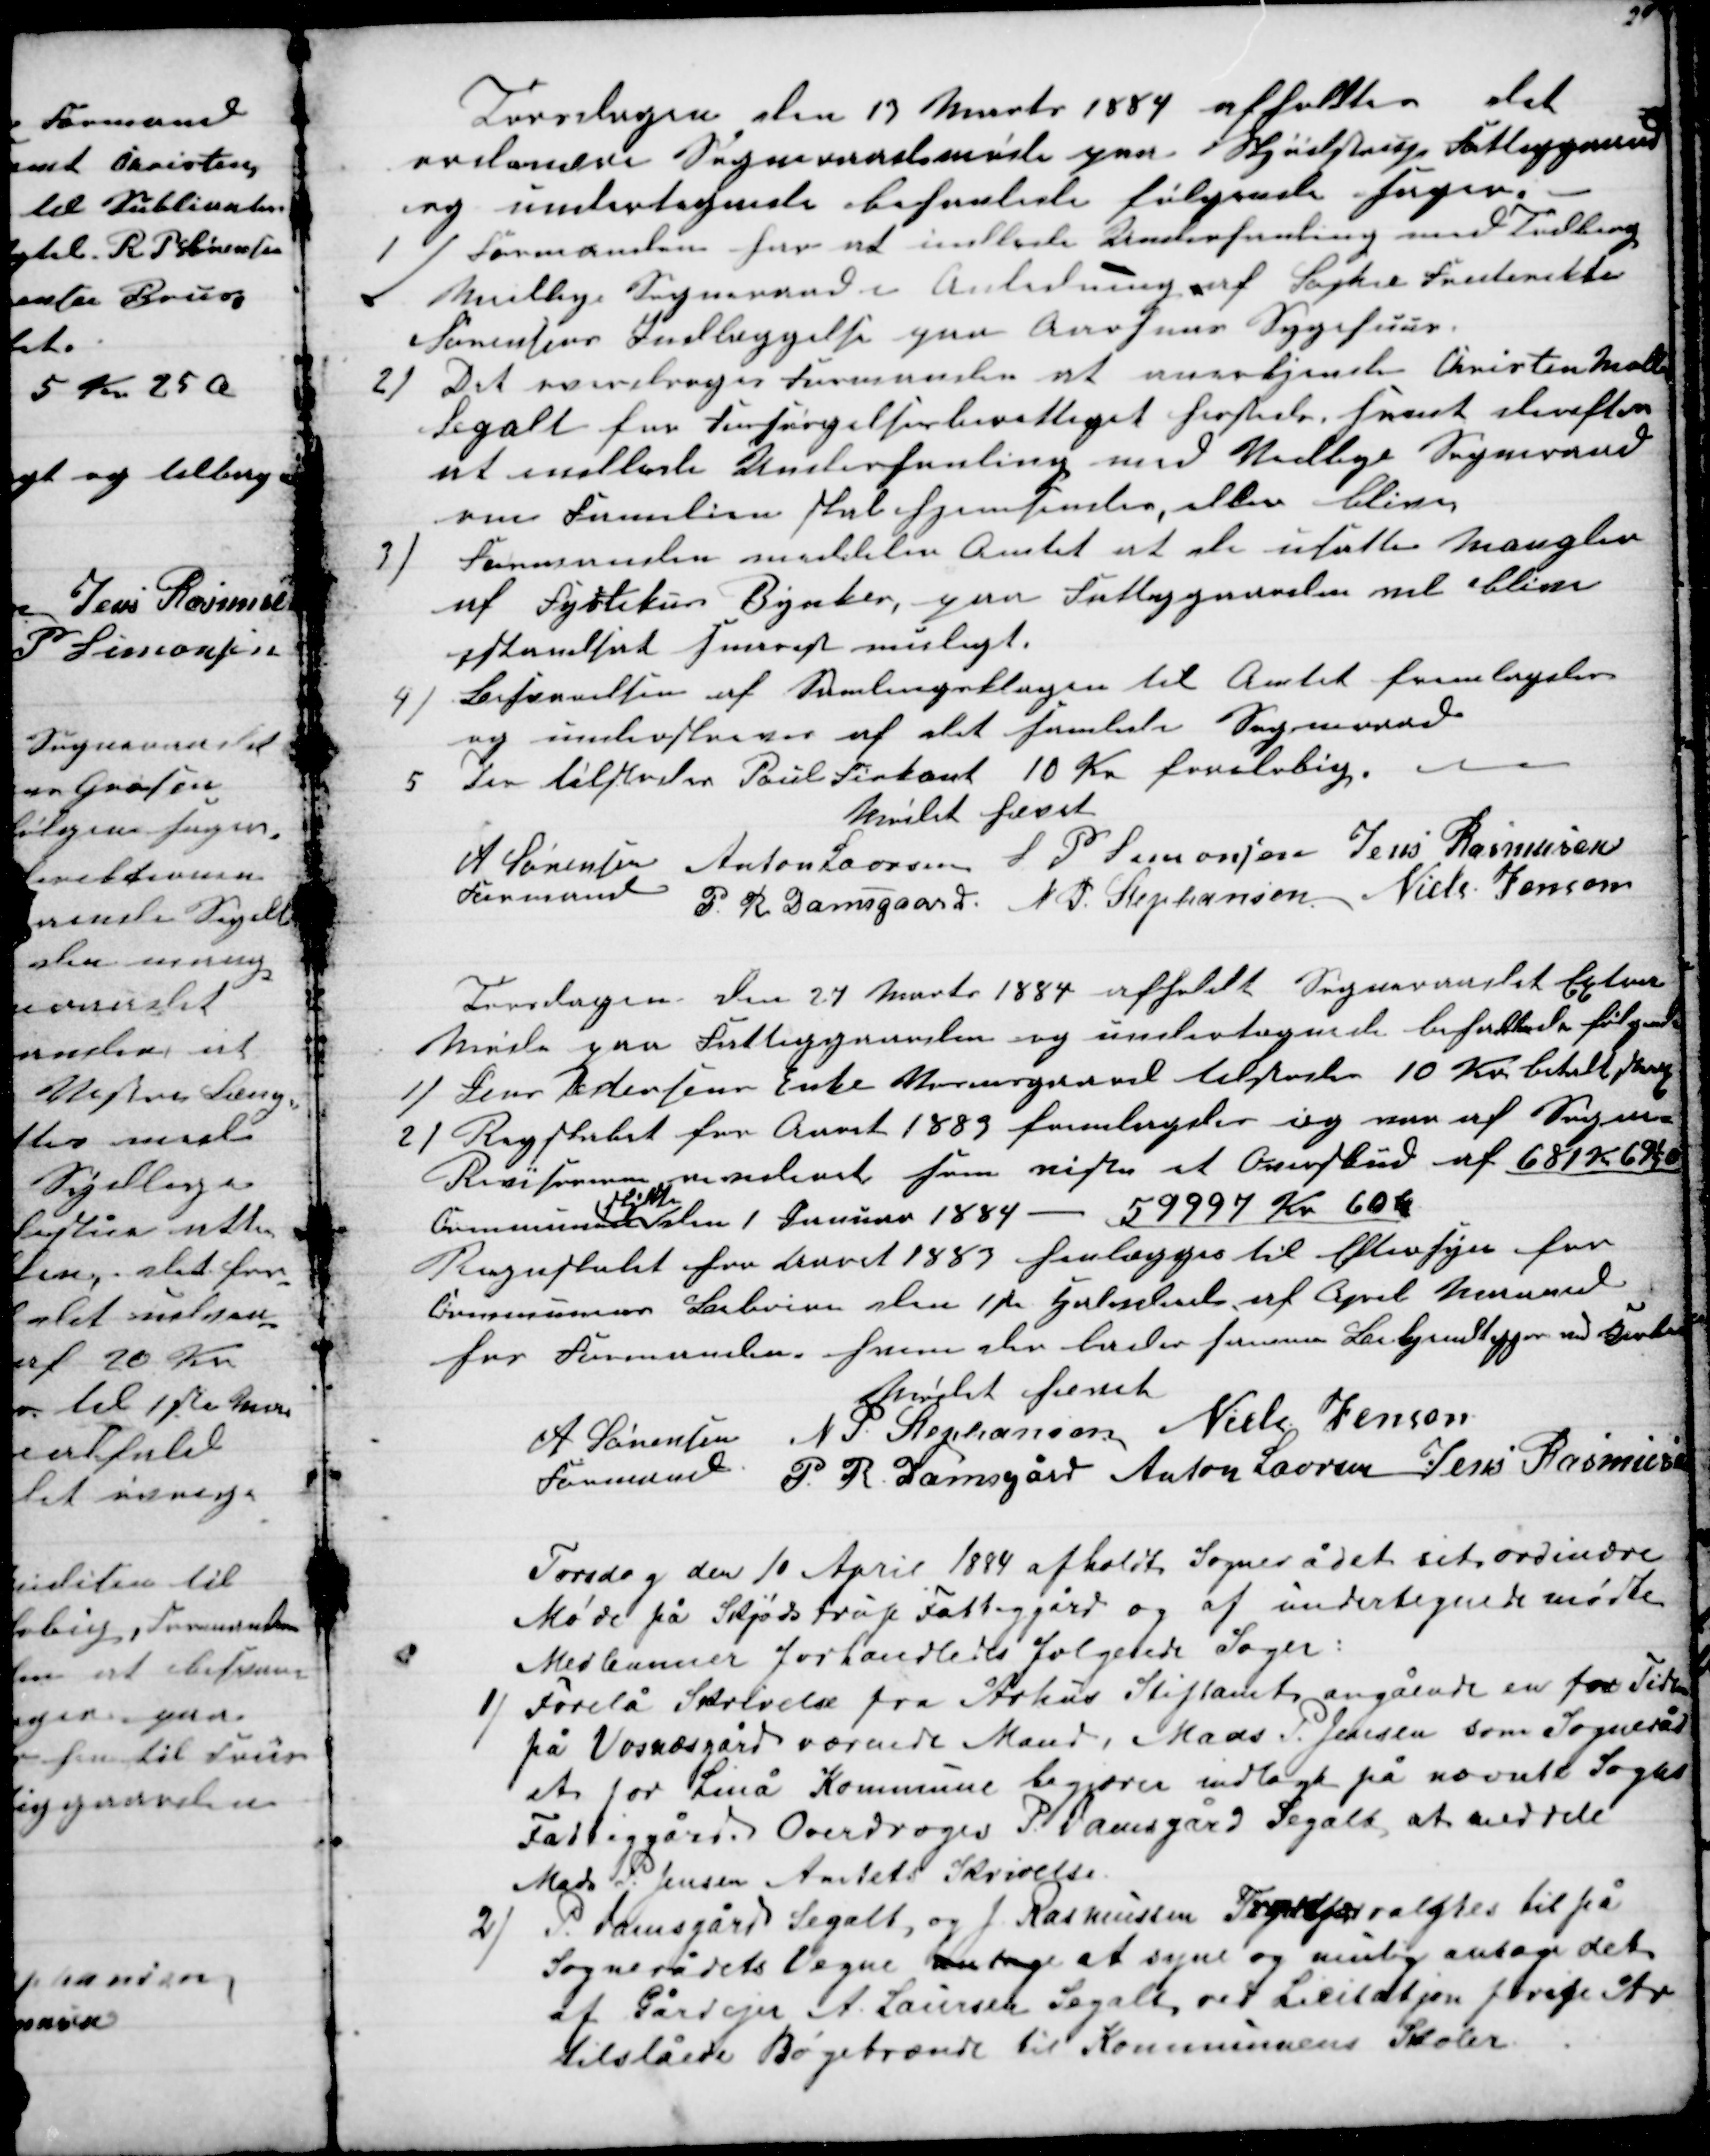
Transskription:
Torsdagen den 13 Marts 1884 afholdtes det
ordinære Sogneraadsmøde paa Skjødstrup Fattiggaard
og undertegnede behanlede følgende Sager.
1) Formanden har at indlede Underhanling med Todberg
Meilbye Sogneraad i Anledning af Sophie Frederikke
Sørensens Indlæggelse paa Aarhuus Sygehuus.
2)
Det overdroges Formanden at anerkjende Christen Møller
Segalt for Forsørgelsesberettiget hersteds samt derefter
at indlede Underhanling med Vedbye Sogneraad
om Familien skal hjemsendes, eller blive
3)
Formanden meddeler Amtet at de usatte Mangler
af Fyrtekurs Bynker, paa Fattiggaarden vil blive
istandsat snarest muligt.
4)
Besvarelsen af Samlingsklagen til Amtet fremlagdes
og underskreves af det samlede Sogneraad
5
Der tilstodes Poul Firkant 10 Kr foreløbig.
Mødet hævet
A Sørensen 
Formand
Anton Laursen S. P. Simonsen Jens Rasmusen
P. R. Damsgaard N. P. Stephansen Niels Jensen
Torsdagen den 27 Marts 1884 afholdt Sogneraadet extra
Møde paa Fattiggaarden og undertegnede behanlede følgende
1)
Jens Pedersens Enke Vosnesgaard tilstodes 10 Kr. betalt 
2) Regskabet for Aaret 1883 fremlagdes og var af Sogne=
Revisorerne revideret som viste et Overskud af 681 Kr 69½Ø
Communens

den 1 Januar 1884 - 59997 Kr 60 Ø
Regnskabet for Aaret 1883 fremlægges til Eftersyn for
Communens Beboere den 1ste Halvdeel af April Maaned
hos Formanden hvem der lader samme Bekjendtgjøre ved Kirken
Mødet hævet
A Sørensen 
Formand
N. P. Stephansen Niels Jensen
P. R. Damsgård Anton Laursen Jens Rasmusen
Torsdag den 10 April 1884 afholdt Sognerådet sit ordinære
Møde på Skjødstrup Fattiggård og af undertegnede mødte
Medlemmer forhandledes følgende Sager:
1) Forelå Skrivelse fra Århus Stiftamt angående en for Tiden
på Vosnæsgård værende Mand, Mads P. Jensen som Sogneråd
et for Linå Kommune begjærer indlagt på nævnte Sogns
Fattiggård. Overdroges P. Damsgård Segalt at meddele
Mads P. Jensen Amtets Skrivelse.
2)
P. Damsgård Segalt, og J. Rasmussen Trækjær valgtes til på
Sognerådets Vegne antage at syne og mulig antage det
af Gårdejer A. Laursen Segalt ved Licitatjon forige År
tilslåede Bøgebrænde til Kommunens Skoler.